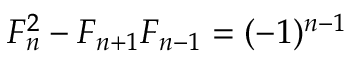
F _ { n } ^ { 2 } - F _ { n + 1 } F _ { n - 1 } = ( - 1 ) ^ { n - 1 }